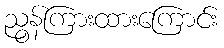
ညွန်ကြားထားကြောင်း